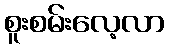
စူးစမ်းလေ့လာ